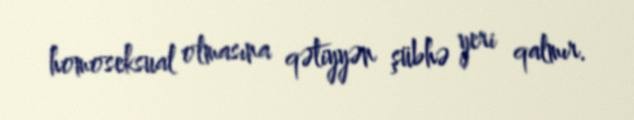
homoseksual olmasına qətiyyən şübhə yeri qalmır.